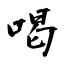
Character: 喝